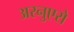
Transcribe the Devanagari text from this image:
अरनुएरो